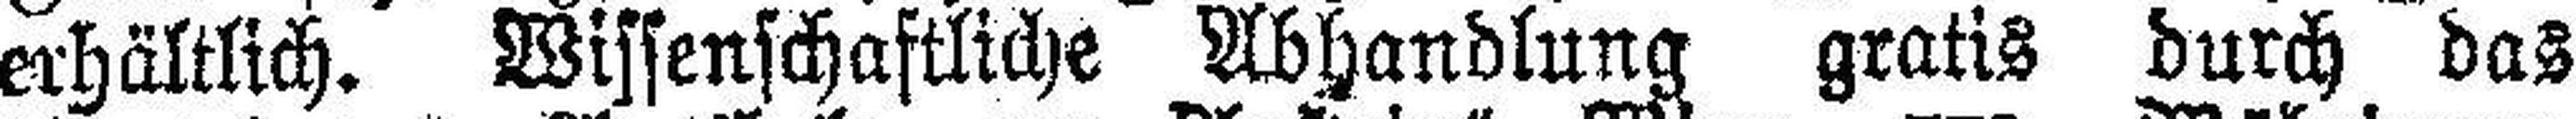
erhältlich. Wissenschaftliche Abhandlung gratis durch das